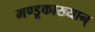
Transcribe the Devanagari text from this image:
मण्डूकाख्यान्